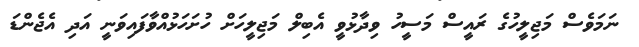
ނަމަވެސް މަޖިލީހުގެ ރައީސް މަސީހު ވިދާޅުވީ އެބިލް މަޖިލީހަށް ހުށަހަޅުއްވާފައިވަނީ އަދި އެޖެންޑަ